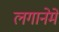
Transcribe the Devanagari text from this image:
लगानेमें